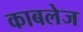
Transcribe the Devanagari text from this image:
काबलेज